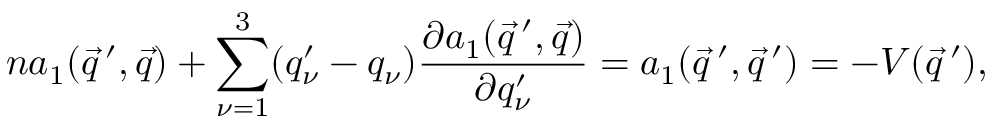
n a _ { 1 } ( \vec { q } \, ^ { \prime } , \vec { q } ) + \sum _ { \nu = 1 } ^ { 3 } ( q _ { \nu } ^ { \prime } - q _ { \nu } ) \frac { \partial a _ { 1 } ( \vec { q } \, ^ { \prime } , \vec { q } ) } { \partial q _ { \nu } ^ { \prime } } = a _ { 1 } ( \vec { q } \, ^ { \prime } , \vec { q } \, ^ { \prime } ) = - V ( \vec { q } \, ^ { \prime } ) ,